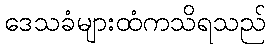
ဒေသခံများထံကသိရသည်